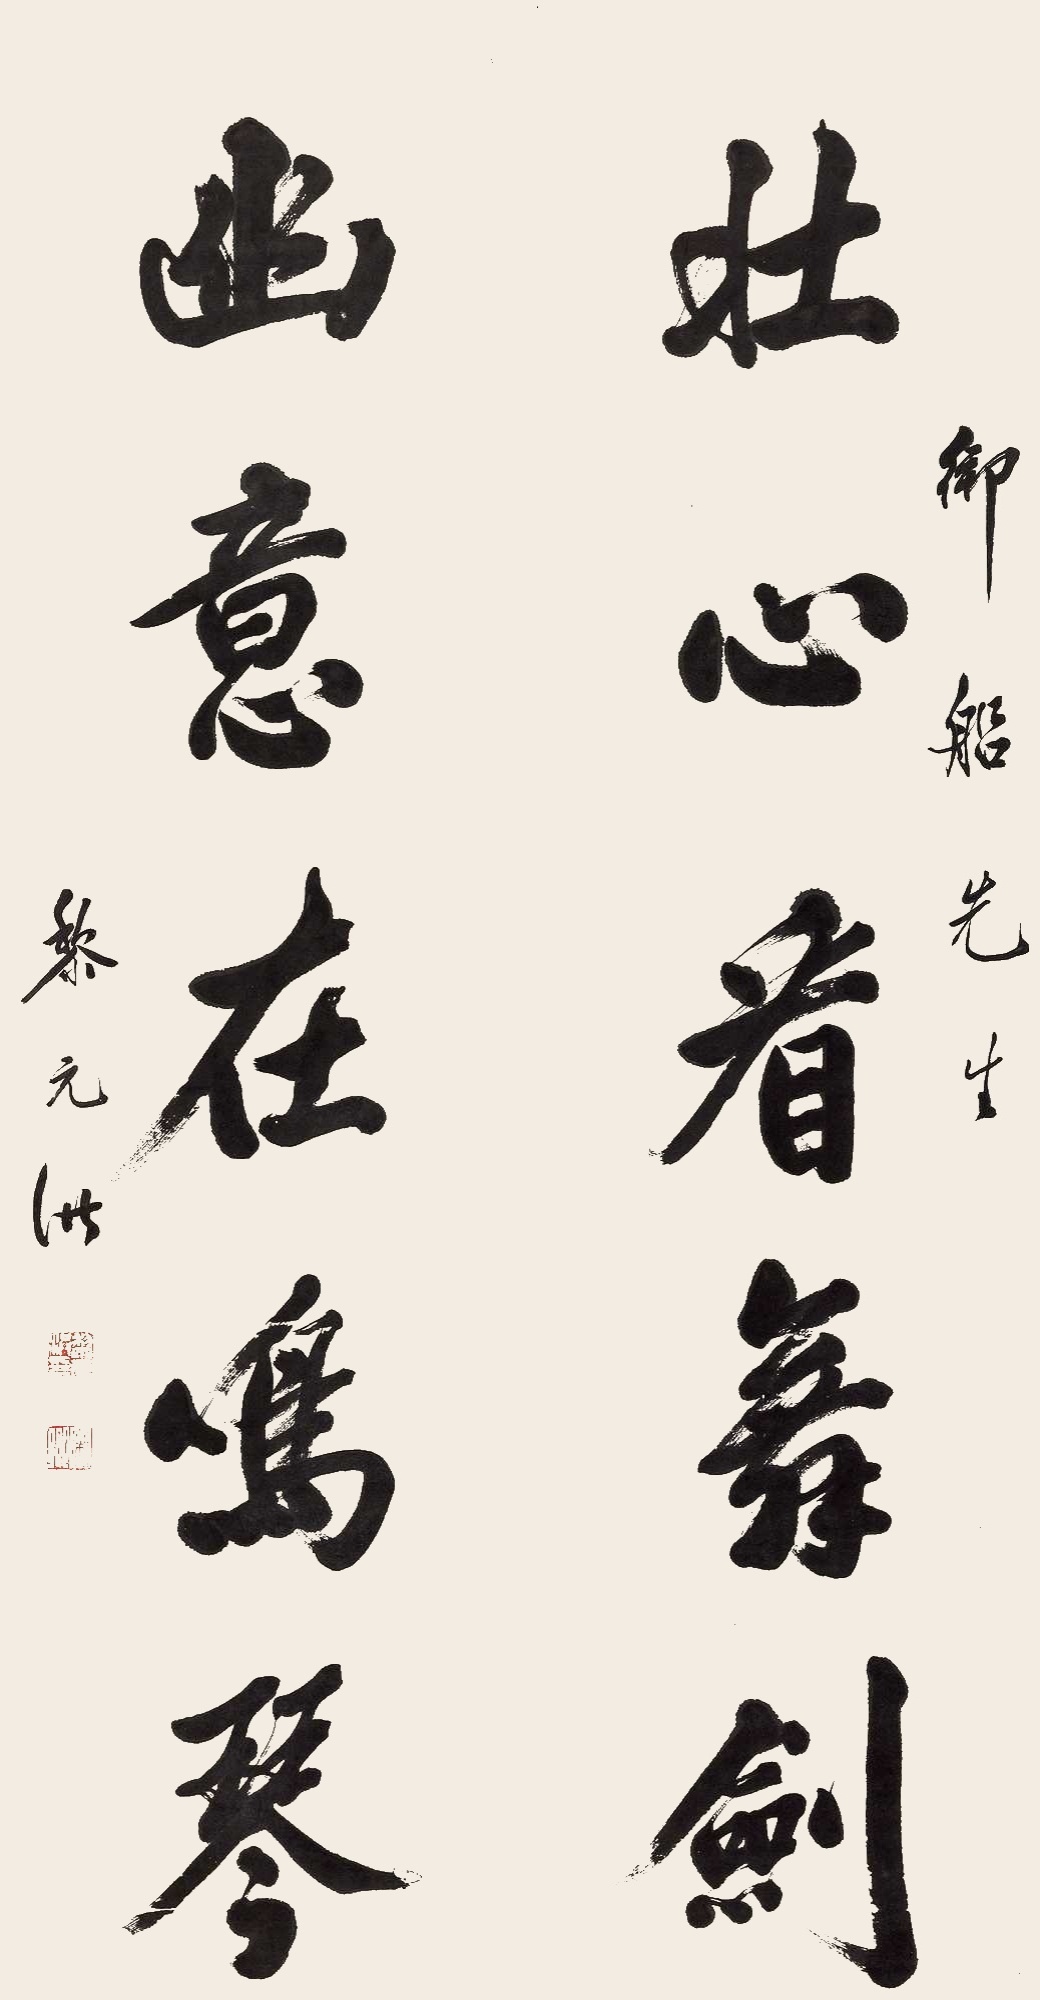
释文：壮心看舞剑，幽意在鸣琴。御船先生，黎元洪。